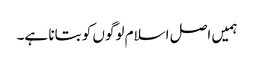
ہمیں اصل اسلام لوگوں کو بتانا ہے۔